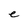
Character: e